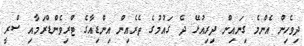
ދިވެހިން އެންމެ ގިނައިން ދިރިއުޅޭ ދެ ގައުމުގެ ތެރެއިން އިންޑިއާގެ ޓްރިވެންޑްރަމާއި ސްރީ